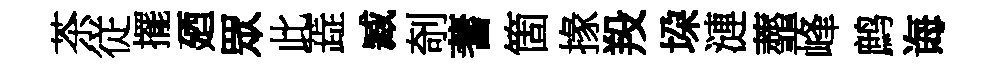
茶従擺廼眾此蕋臧剞蓍箇掾羖垜漣虀峰鹧诲